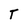
Character: T